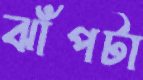
ঝাঁপটা